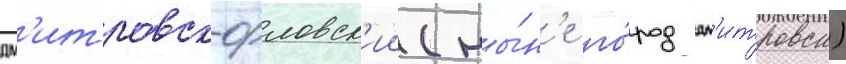
дм'итровск-орловск'ии (ны́н'е го́род дм'итровск)